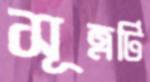
সূত্রটি